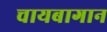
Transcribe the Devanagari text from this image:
चायबागान